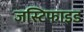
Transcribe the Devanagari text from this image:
जस्टिफाइड